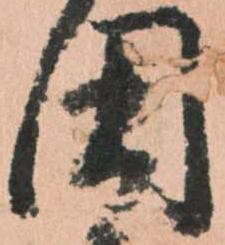
国